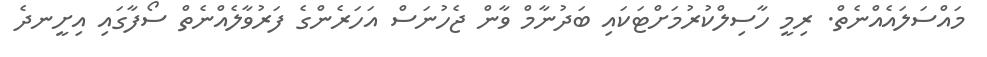
މައްސަލައެއްނެތް. ރިމީ ހާސިލްކުރުމަށްޓަކައި ބަދުނާމް ވާން ޖެހުނަސް އަހަރެންގެ ފަރުވާލެއްނެތް ސޯފާގައި އިށީނދެ